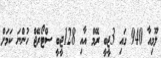
ލޫމިއާ 940 ގައި 3ޖީބީ ރޭމް އާއި 128ޖީބީ ސްޓޯރޭޖް ހުންނަ ކަމަށް